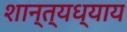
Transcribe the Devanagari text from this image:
शान्त्यध्याय